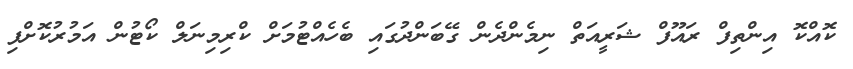
ކޮއްކޮ އިންތިފް ރައޫފް ޝަރީއަތް ނިމެންދެން ގޭބަންދުގައި ބެހެއްޓުމަށް ކްރިމިނަލް ކޯޓުން އަމުރުކޮށްފި